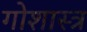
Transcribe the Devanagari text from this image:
गोशास्त्र